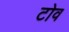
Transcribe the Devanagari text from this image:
टोव